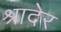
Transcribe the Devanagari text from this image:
श्रादेर